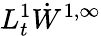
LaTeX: L_{t}^{1}\dot{W}^{1,\infty}